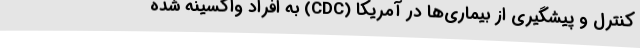
کنترل و پیشگیری از بیماری‌ها در آمریکا (CDC) به افراد واکسینه شده